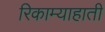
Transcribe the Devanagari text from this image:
रिकाम्याहाती